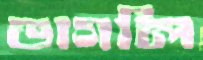
ভাগলি